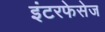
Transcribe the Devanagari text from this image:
इंटरफेसेज